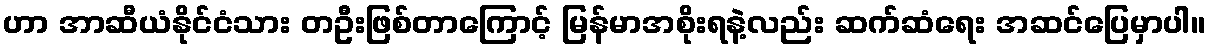
ဟာ အာဆီယံနိုင်ငံသား တဦးဖြစ်တာကြောင့် မြန်မာအစိုးရနဲ့လည်း ဆက်ဆံရေး အဆင်ပြေမှာပါ။